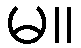
မ။